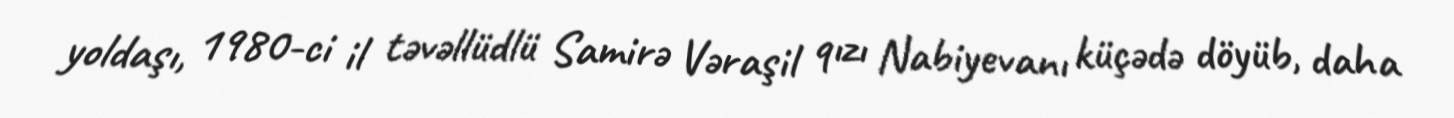
yoldaşı, 1980-ci il təvəllüdlü Samirə Vəraşil qızı Nabiyevanı küçədə döyüb, daha